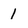
Character: 1